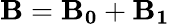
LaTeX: {\mathbf{B}}={\mathbf{B_{0}}}+{\mathbf{B_{1}}}